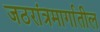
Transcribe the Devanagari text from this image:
जठरांत्रमार्गातील